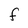
Character: F